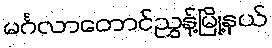
မင်္ဂလာတောင်ညွှန့်မြို့နယ်